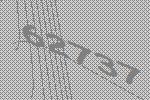
62737